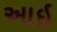
આઇ